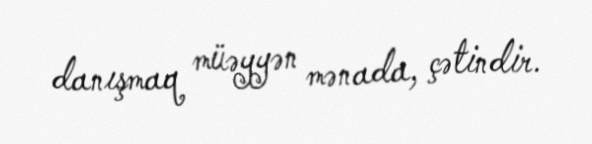
danışmaq müəyyən mənada, çətindir.